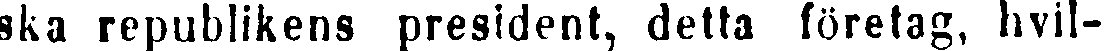
ska republikens president, detta företag, hvil-